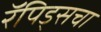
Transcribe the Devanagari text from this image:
रॅपिड्सचा